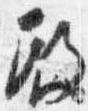
殿